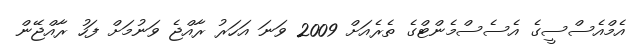
އެމްއެސްސީގެ އެސެސްމެންޓްގެ ތެރެއަށް 2009 ވަނަ އަހަރު ރާއްޖެ ވަނުމަށް ފަހު ރާއްޖޭން